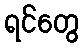
ရင်တွေ